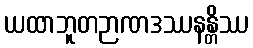
ယထာဘူတဉာဏဒဿနန္တိဿ